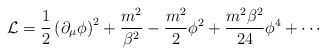
\begin{align*}{\cal L} = {1\over 2} \left(\partial_\mu \phi\right)^2 + {m^2\over \beta^2} - {m^2 \over 2} \phi^2 + {m^2 \beta^2 \over 24} \phi^4 + \cdots\end{align*}